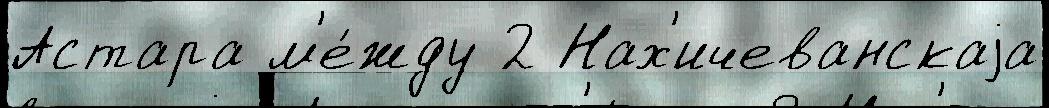
Астара м'е́жду 2 Нах'ичеванскаjа